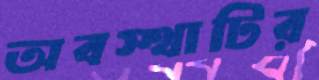
অবস্থাটির